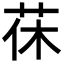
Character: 茠